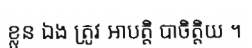
ខ្លួន ឯង ត្រូវ អាបត្តិ បាចិត្តិយ ។